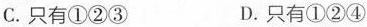
C.只有①②③ D.只有①②④